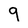
Character: 9